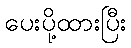
ပေးပို့ထားပြီး